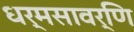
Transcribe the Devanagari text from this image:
धर्मसावर्णि